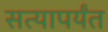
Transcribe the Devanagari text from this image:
सत्यापर्यंत